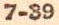
7-39